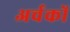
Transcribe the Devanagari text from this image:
अर्चकों